Scottish Leaving Certificate Examination, 1960
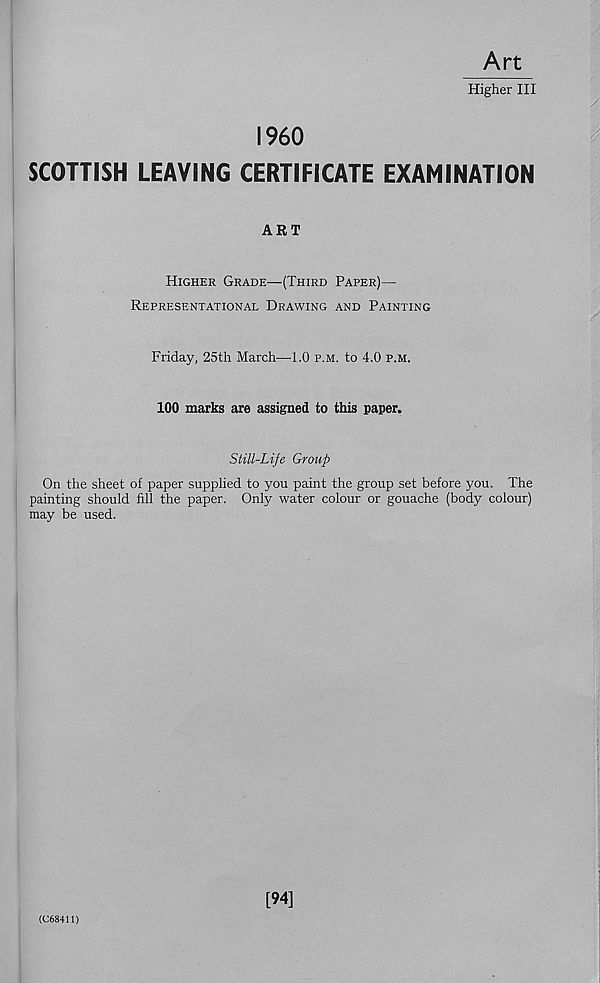
Art
Higher III
I960
SCOTTISH LEAVING CERTIFICATE EXAMINATION
ART
Higher Grade—(Third Paper)—
Representational Drawing and Painting
Friday, 25th March—1.0 p.m. to 4.0 p.m.
100 marks are assigned to this paper.
Still-Life Group
On the sheet of paper supplied to you paint the group set before you. The
painting should fill the paper. Only water colour or gouache (body colour)
may be used.
(C68411)
[94]